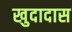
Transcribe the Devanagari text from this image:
खुदादास